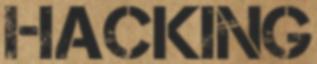
HACKING